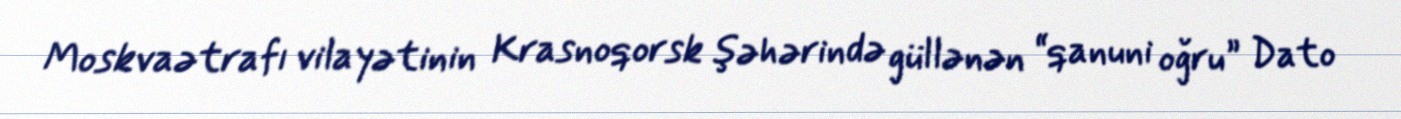
Moskvaətrafı vilayətinin Krasnoqorsk şəhərində güllənən “qanuni oğru” Dato